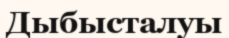
Дыбысталуы